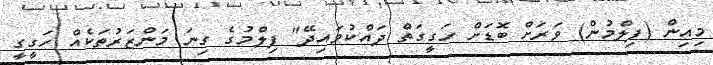
މިއިން (ފިލްމުން) ވަރަށް ބޮޑަށް ހަގީގަތް ދައްކުވައިދޭ" ފިލްމުގެ ގިނަ މަންޒަރުތަކެއް ހަގީގީ